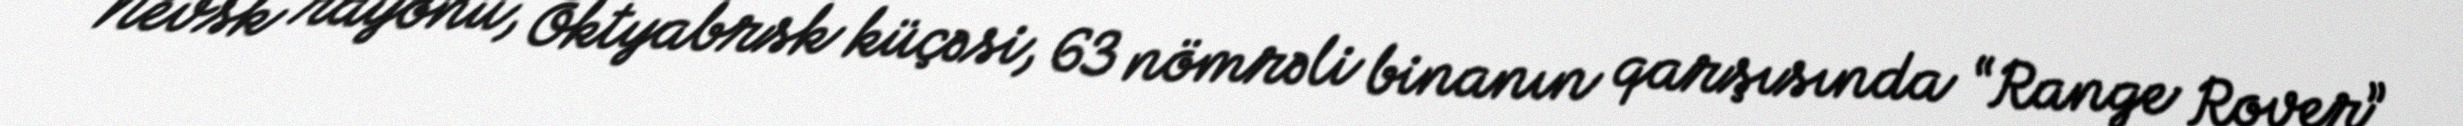
Nevsk rayonu, Oktyabrsk küçəsi, 63 nömrəli binanın qarşısında “Range Rover”